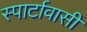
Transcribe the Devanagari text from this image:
स्पार्टावासी